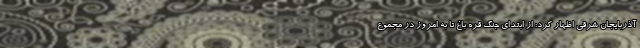
آذربایجان شرقی اظهار کرد: از ابتدای جنگ قره باغ تا به امروز در مجموع